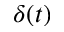
\delta ( t )